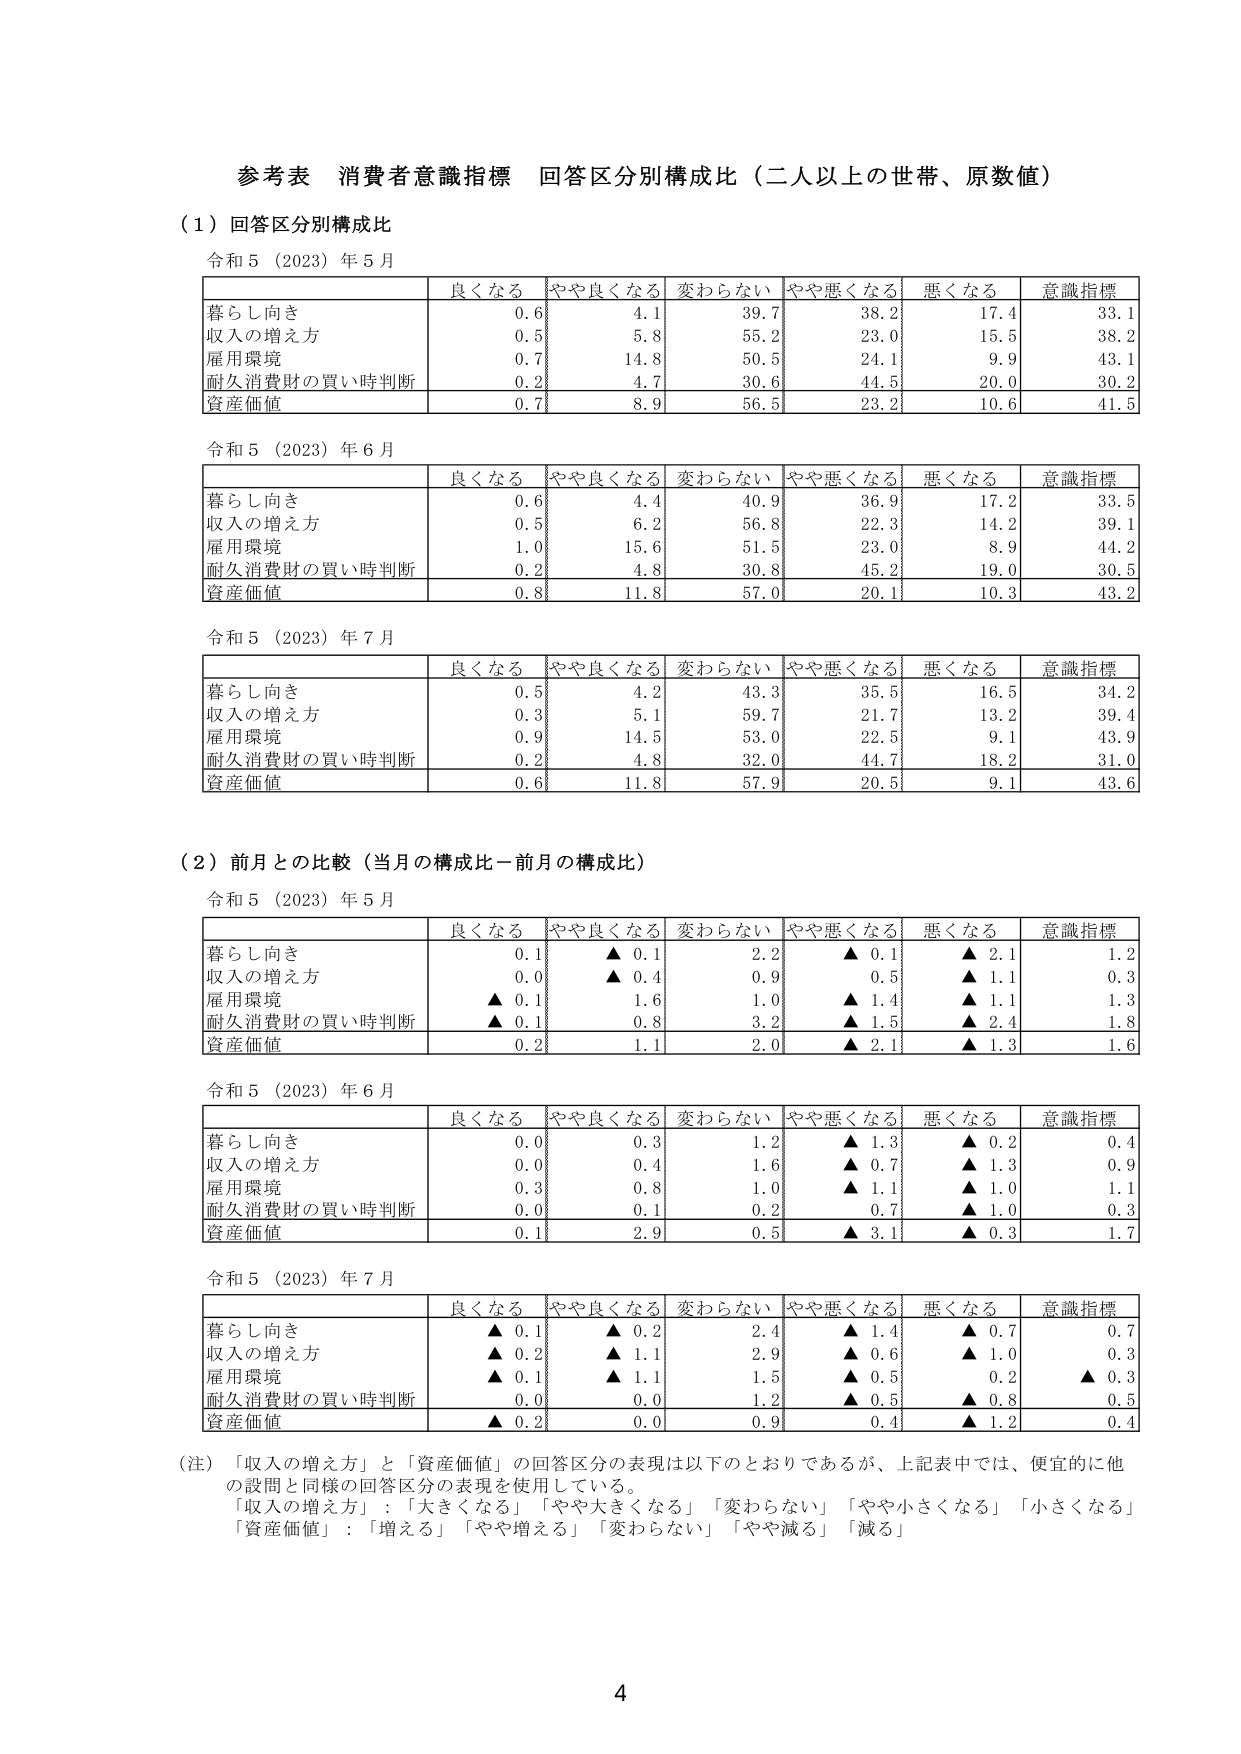
参考表 消費者意識指標 回答区分別構成比（二人以上の世帯、原数値）

（１）回答区分別構成比

令和５（2023）年５月

| | 良くなる | やや良くなる | 変わらない | やや悪くなる | 悪くなる | 意識指標 |
|---|---|---|---|---|---|---|
| 暮らし向き | 0.6 | 4.1 | 39.7 | 38.2 | 17.4 | 33.1 |
| 収入の増え方 | 0.5 | 5.8 | 55.2 | 23.0 | 15.5 | 38.2 |
| 雇用環境 | 0.7 | 14.8 | 50.5 | 24.1 | 9.9 | 43.1 |
| 耐久消費財の買い時判断 | 0.2 | 4.7 | 30.6 | 44.5 | 20.0 | 30.2 |
| 資産価値 | 0.7 | 8.9 | 56.5 | 23.2 | 10.6 | 41.5 |

令和５（2023）年６月

| | 良くなる | やや良くなる | 変わらない | やや悪くなる | 悪くなる | 意識指標 |
|---|---|---|---|---|---|---|
| 暮らし向き | 0.6 | 4.4 | 40.9 | 36.9 | 17.2 | 33.5 |
| 収入の増え方 | 0.5 | 6.2 | 56.8 | 22.3 | 14.2 | 39.1 |
| 雇用環境 | 1.0 | 15.6 | 51.5 | 23.0 | 8.9 | 44.2 |
| 耐久消費財の買い時判断 | 0.2 | 4.8 | 30.8 | 45.2 | 19.0 | 30.5 |
| 資産価値 | 0.8 | 11.8 | 57.0 | 20.1 | 10.3 | 43.2 |

令和５（2023）年７月

| | 良くなる | やや良くなる | 変わらない | やや悪くなる | 悪くなる | 意識指標 |
|---|---|---|---|---|---|---|
| 暮らし向き | 0.5 | 4.2 | 43.3 | 35.5 | 16.5 | 34.2 |
| 収入の増え方 | 0.3 | 5.1 | 59.7 | 21.7 | 13.2 | 39.4 |
| 雇用環境 | 0.9 | 14.5 | 53.0 | 22.5 | 9.1 | 43.9 |
| 耐久消費財の買い時判断 | 0.2 | 4.8 | 32.0 | 44.7 | 18.2 | 31.0 |
| 資産価値 | 0.6 | 11.8 | 57.9 | 20.5 | 9.1 | 43.6 |

（２）前月との比較（当月の構成比－前月の構成比）

令和５（2023）年５月

| | 良くなる | やや良くなる | 変わらない | やや悪くなる | 悪くなる | 意識指標 |
|---|---|---|---|---|---|---|
| 暮らし向き | 0.1 | ▲ 0.1 | 2.2 | ▲ 0.1 | ▲ 2.1 | 1.2 |
| 収入の増え方 | 0.0 | ▲ 0.4 | 0.9 | 0.5 | ▲ 1.1 | 0.3 |
| 雇用環境 | ▲ 0.1 | 1.6 | 1.0 | ▲ 1.4 | ▲ 1.1 | 1.3 |
| 耐久消費財の買い時判断 | ▲ 0.1 | 0.8 | 3.2 | ▲ 1.5 | ▲ 2.4 | 1.8 |
| 資産価値 | 0.2 | 1.1 | 2.0 | ▲ 2.1 | ▲ 1.3 | 1.6 |

令和５（2023）年６月

| | 良くなる | やや良くなる | 変わらない | やや悪くなる | 悪くなる | 意識指標 |
|---|---|---|---|---|---|---|
| 暮らし向き | 0.0 | 0.3 | 1.2 | ▲ 1.3 | ▲ 0.2 | 0.4 |
| 収入の増え方 | 0.0 | 0.4 | 1.6 | ▲ 0.7 | ▲ 1.3 | 0.9 |
| 雇用環境 | 0.3 | 0.8 | 1.0 | ▲ 1.1 | ▲ 1.0 | 1.1 |
| 耐久消費財の買い時判断 | 0.0 | 0.1 | 0.2 | 0.7 | ▲ 1.0 | 0.3 |
| 資産価値 | 0.1 | 2.9 | 0.5 | ▲ 3.1 | ▲ 0.3 | 1.7 |

令和５（2023）年７月

| | 良くなる | やや良くなる | 変わらない | やや悪くなる | 悪くなる | 意識指標 |
|---|---|---|---|---|---|---|
| 暮らし向き | ▲ 0.1 | ▲ 0.2 | 2.4 | ▲ 1.4 | ▲ 0.7 | 0.7 |
| 収入の増え方 | ▲ 0.2 | ▲ 1.1 | 2.9 | ▲ 0.6 | ▲ 1.0 | 0.3 |
| 雇用環境 | ▲ 0.1 | ▲ 1.1 | 1.5 | ▲ 0.5 | 0.2 | ▲ 0.3 |
| 耐久消費財の買い時判断 | 0.0 | 0.0 | 1.2 | ▲ 0.5 | ▲ 0.8 | 0.5 |
| 資産価値 | ▲ 0.2 | 0.0 | 0.9 | 0.4 | ▲ 1.2 | 0.4 |

（注）「収入の増え方」と「資産価値」の回答区分の表現は以下のとおりであるが、上記表中では、便宜的に他の設問と同様の回答区分の表現を使用している。
「収入の増え方」：「大きくなる」「やや大きくなる」「変わらない」「やや小さくなる」「小さくなる」
「資産価値」：「増える」「やや増える」「変わらない」「やや減る」「減る」

4